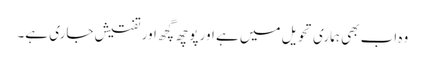
وہ اب بھی ہماری تحویل میں ہے اور پوچھ گچھ اور تفتیش جاری ہے۔